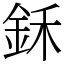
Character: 鉌